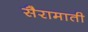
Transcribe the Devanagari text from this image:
सैरामाती